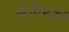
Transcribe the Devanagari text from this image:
लेवेलरों